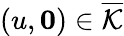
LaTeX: (u,\mathbf{0})\in\overline{{\mathcal{K}}}